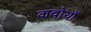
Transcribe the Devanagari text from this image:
कवोयों